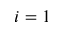
i = 1